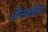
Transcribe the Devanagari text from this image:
धौलछीना